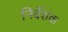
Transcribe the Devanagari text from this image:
निर्देशंक